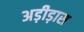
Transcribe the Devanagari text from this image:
अड़ीड़ास